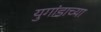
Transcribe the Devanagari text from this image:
युगांडाच्या